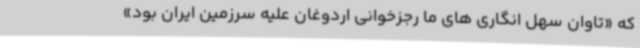
که «تاوان سهل انگاری های ما رجزخوانی اردوغان علیه سرزمین ایران بود»